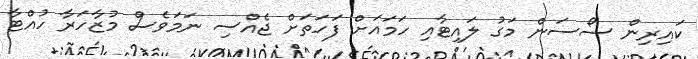
ކައިރިން ސޯސަން މަގު ލައިޓާއި ހަމައަށް ފަހަތަށް ޖެއްސި ނަމަވެސް މުޒާހަރާ ހުއްޓާ